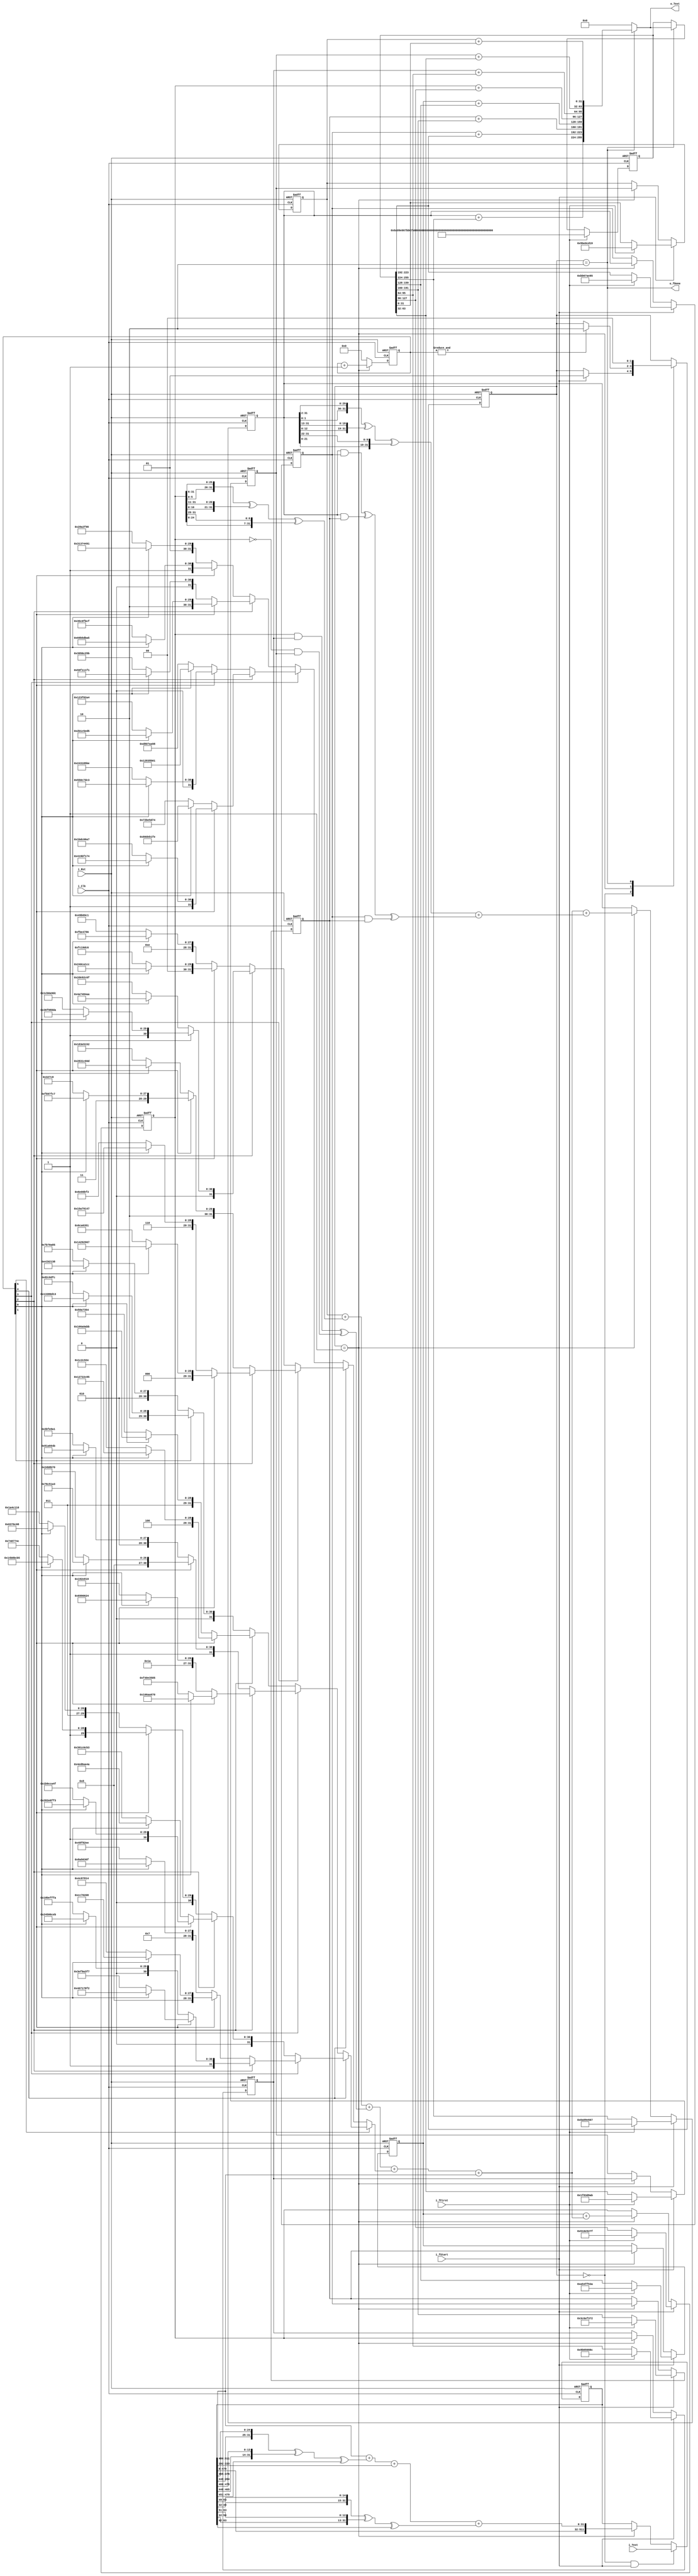
module SHA(
    input i_Clk, i_Rst,
    input [511:0] i_Text,
    output [255:0] o_Text,
    input i_fStart,
    input i_fFirst,
    output o_fDone
);
    // function
    function [31:0] sig0 (input [31:0] x);      sig0 = {x[6:0], x[31:7]} ^ {x[17:0], x[31:18]} ^ {3'b0 , x[31:3]}; endfunction

    function [31:0] sig1 (input [31:0] x);      sig1 = {x[16:0], x[31:17]} ^ {x[18:0], x[31:19]} ^ {10'b0 , x[31:10]}; endfunction

    function [31:0] Maj (input [31:0] x, y, z); Maj = (x & y) ^ (x & z) ^ (y & z); endfunction

    function [31:0] Ch (input [31:0] x, y, z);  Ch = (x & y) ^ (~(x) & z); endfunction
    
    function [31:0] SIG0 (input [31:0] x);      SIG0 = {x[1:0], x[31:2]} ^ {x[12:0], x[31:13]} ^ {x[21:0], x[31:22]}; endfunction

    function [31:0] SIG1 (input [31:0] x);      SIG1 = {x[5:0], x[31:6]} ^ {x[10:0], x[31:11]} ^ {x[24:0], x[31:25]}; endfunction

    function [31:0] KeySelect (input [31:0] Round);
        KeySelect = 
            Round[5] ?
                Round[4] ? 
                    Round[3] ?
                        Round[2] ?
                            Round[1] ? (Round[0] ? 32'hc67178f2 : 32'hbef9a3f7) : (Round[0] ? 32'ha4506ceb : 32'h90befffa) :
                            Round[1] ? (Round[0] ? 32'h8cc70208 : 32'h84c87814) : (Round[0] ? 32'h78a5636f : 32'h748f82ee) :
                        Round[2] ?
                            Round[1] ? (Round[0] ? 32'h682e6ff3 : 32'h5b9cca4f) : (Round[0] ? 32'h4ed8aa4a : 32'h391c0cb3) :
                            Round[1] ? (Round[0] ? 32'h34b0bcb5 : 32'h2748774c) : (Round[0] ? 32'h1e376c08 : 32'h19a4c116) :
                    Round[3] ?
                        Round[2] ?
                            Round[1] ? (Round[0] ? 32'h106aa070 : 32'hf40e3585) : (Round[0] ? 32'hd6990624 : 32'hd192e819) :
                            Round[1] ? (Round[0] ? 32'hc76c51a3 : 32'hc24b8b70) : (Round[0] ? 32'ha81a664b : 32'ha2bfe8a1) :
                        Round[2] ?
                            Round[1] ? (Round[0] ? 32'h92722c85 : 32'h81c2c92e) : (Round[0] ? 32'h766a0abb : 32'h650a7354) :
                            Round[1] ? (Round[0] ? 32'h53380d13 : 32'h4d2c6dfc) : (Round[0] ? 32'h2e1b2138 : 32'h27b70a85) :
                Round[4] ? 
                    Round[3] ?
                        Round[2] ?
                            Round[1] ? (Round[0] ? 32'h14292967 : 32'h06ca6351) : (Round[0] ? 32'hd5a79147 : 32'hc6e00bf3) :
                            Round[1] ? (Round[0] ? 32'hbf597fc7 : 32'hb00327c8) : (Round[0] ? 32'ha831c66d : 32'h983e5152) :
                        Round[2] ?
                            Round[1] ? (Round[0] ? 32'h76f988da : 32'h5cb0a9dc) : (Round[0] ? 32'h4a7484aa : 32'h2de92c6f) :
                            Round[1] ? (Round[0] ? 32'h240ca1cc : 32'h0fc19dc6) : (Round[0] ? 32'hefbe4786 : 32'he49b69c1) :
                    Round[3] ?
                        Round[2] ?
                            Round[1] ? (Round[0] ? 32'hc19bf174 : 32'h9bdc06a7) : (Round[0] ? 32'h80deb1fe : 32'h72be5d74) :
                            Round[1] ? (Round[0] ? 32'h550c7dc3 : 32'h243185be) : (Round[0] ? 32'h12835b01 : 32'hd807aa98) :
                        Round[2] ?
                            Round[1] ? (Round[0] ? 32'hab1c5ed5 : 32'h923f82a4) : (Round[0] ? 32'h59f111f1 : 32'h3956c25b) :
                            Round[1] ? (Round[0] ? 32'he9b5dba5 : 32'hb5c0fbcf) : (Round[0] ? 32'h71374491 : 32'h428a2f98);
    endfunction


    // parameter
    parameter
        IDLE     = 2'h0,
        ROUNDING = 2'h1,
        DONE     = 2'h2;

    parameter
        IV       = 512'h6a09_e667_bb67_ae85_3c6e_f372_a54f_f53a_510e_527f_9b05_688c_1f83_d9ab_5be0_cd19;


    // register
    reg [1:0]   c_State, n_State;
    reg [511:0] c_W, n_W;
    reg [5:0]   c_Round, n_Round;
    reg [255:0] c_Digest, n_Digest;
    reg [31:0]  c_a, n_a, c_b, n_b, c_c, n_c, c_d, n_d,
                c_e, n_e, c_f, n_f, c_g, n_g, c_h, n_h;


    // wire
    wire [31:0] Word[15:0];
    wire [31:0] T1, T2;
    wire fLstRound, fIdle, fRounding;

    wire [31:0] newWord;
    wire [31:0] Key;

    // assign
    assign 
        Word[ 0] = c_W[15*32+:32],
        Word[ 1] = c_W[14*32+:32],
        Word[ 2] = c_W[13*32+:32],
        Word[ 3] = c_W[12*32+:32],
        Word[ 4] = c_W[11*32+:32],
        Word[ 5] = c_W[10*32+:32],
        Word[ 6] = c_W[ 9*32+:32],
        Word[ 7] = c_W[ 8*32+:32],
        Word[ 8] = c_W[ 7*32+:32],
        Word[ 9] = c_W[ 6*32+:32],
        Word[10] = c_W[ 5*32+:32],
        Word[11] = c_W[ 4*32+:32],
        Word[12] = c_W[ 3*32+:32],
        Word[13] = c_W[ 2*32+:32],
        Word[14] = c_W[ 1*32+:32],
        Word[15] = c_W[ 0*32+:32];

    assign Key = KeySelect(c_Round);

    assign 
        T1 = c_h + SIG1(c_e) + Ch(c_e, c_f, c_g) + Key + Word[0],
        T2 = SIG0(c_a) + Maj(c_a, c_b, c_c),
        newWord = Word[0] + sig0(Word[1]) + Word[9] + sig1(Word[14]);

    assign 
        fLstRound   = &(c_Round),
        fIdle       = c_State == IDLE,
        fRounding   = c_State == ROUNDING,
        o_fDone     = c_State == DONE;

    assign o_Text  = o_fDone ? {c_a + c_Digest[7*32+:32], c_b + c_Digest[6*32+:32], 
                                c_c + c_Digest[5*32+:32], c_d + c_Digest[4*32+:32], 
                                c_e + c_Digest[3*32+:32], c_f + c_Digest[2*32+:32], 
                                c_g + c_Digest[1*32+:32], c_h + c_Digest[0*32+:32]} : 0;

    always@ (posedge i_Clk, negedge i_Rst)
        if (!i_Rst) begin
            c_State = IDLE;
            c_Round = 0;
            c_W     = 0;
            c_a = 0; c_b = 0; c_c = 0; c_d = 0;
            c_e = 0; c_f = 0; c_g = 0; c_h = 0;
            c_Digest = 0;
        end else begin
            c_State = n_State;
            c_Round = n_Round;
            c_W = n_W;
            c_a = n_a; c_b = n_b; c_c = n_c; c_d = n_d;
            c_e = n_e; c_f = n_f; c_g = n_g; c_h = n_h;
            c_Digest = n_Digest;
        end

    always@*
    begin
        n_Round = fRounding ? c_Round + 1 : 0;

        n_W = 
            fIdle & i_fStart ? i_Text : 
            fRounding ? {c_W[479:0], newWord} : c_W;

        n_h = i_fStart ? (i_fFirst ? IV[0*32+:32] : c_Digest[0*32+:32]) : (fRounding ? c_g       : c_h);
        n_g = i_fStart ? (i_fFirst ? IV[1*32+:32] : c_Digest[1*32+:32]) : (fRounding ? c_f       : c_g);
        n_f = i_fStart ? (i_fFirst ? IV[2*32+:32] : c_Digest[2*32+:32]) : (fRounding ? c_e       : c_f);
        n_e = i_fStart ? (i_fFirst ? IV[3*32+:32] : c_Digest[3*32+:32]) : (fRounding ? c_d + T1  : c_e);
        n_d = i_fStart ? (i_fFirst ? IV[4*32+:32] : c_Digest[4*32+:32]) : (fRounding ? c_c       : c_d);
        n_c = i_fStart ? (i_fFirst ? IV[5*32+:32] : c_Digest[5*32+:32]) : (fRounding ? c_b       : c_c);
        n_b = i_fStart ? (i_fFirst ? IV[6*32+:32] : c_Digest[6*32+:32]) : (fRounding ? c_a       : c_b);
        n_a = i_fStart ? (i_fFirst ? IV[7*32+:32] : c_Digest[7*32+:32]) : (fRounding ? T1 + T2   : c_a);

        n_Digest = i_fFirst ? IV : (o_fDone ? o_Text : c_Digest);

        n_State = c_State;
        case(c_State)
            IDLE:       n_State = i_fStart ? ROUNDING : c_State;

            ROUNDING:   n_State = fLstRound ? DONE : c_State;

            DONE:       n_State = IDLE;

        endcase
    end
endmodule